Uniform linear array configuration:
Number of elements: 32
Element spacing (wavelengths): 1
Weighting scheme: blackman
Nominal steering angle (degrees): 30
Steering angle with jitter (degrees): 31.467
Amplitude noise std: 0.05
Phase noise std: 0.05

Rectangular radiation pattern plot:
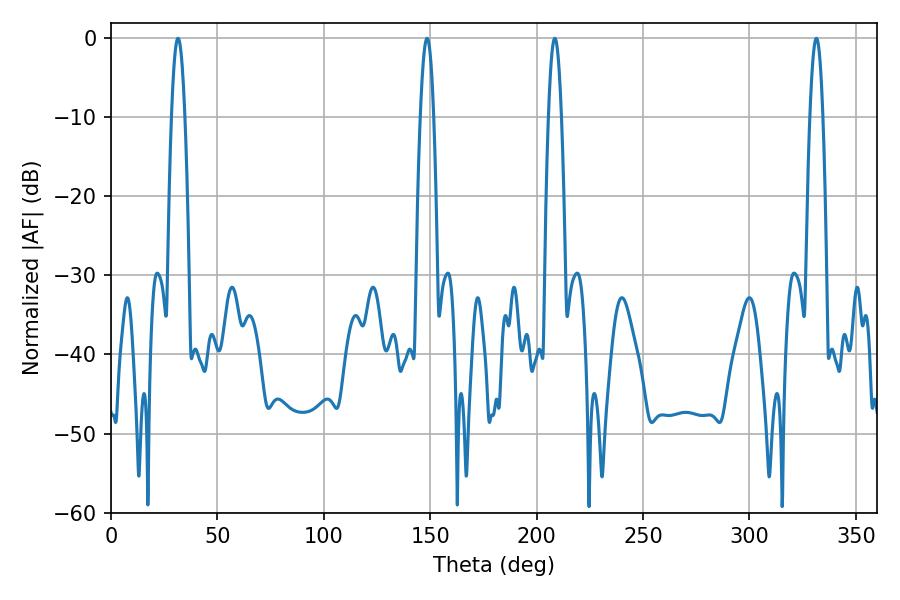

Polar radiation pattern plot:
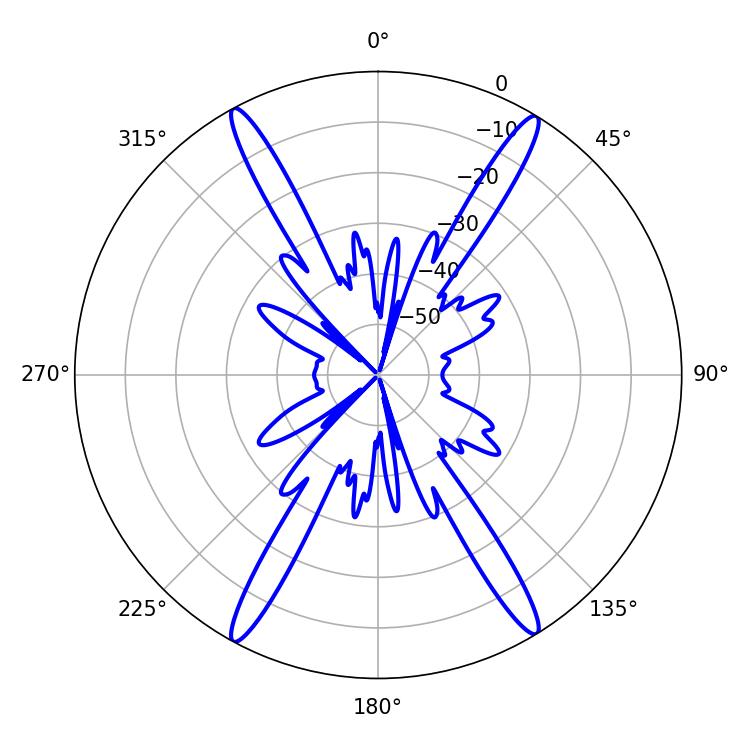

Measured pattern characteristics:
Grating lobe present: TRUE
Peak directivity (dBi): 24.13
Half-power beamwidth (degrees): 3.24
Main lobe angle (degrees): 31.5